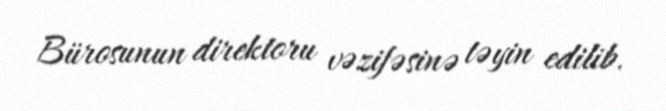
Bürosunun direktoru vəzifəsinə təyin edilib.